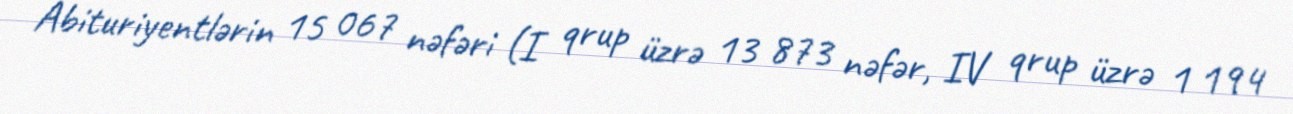
Abituriyentlərin 15 067 nəfəri (I qrup üzrə 13 873 nəfər, IV qrup üzrə 1 194